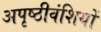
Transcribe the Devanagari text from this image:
अपृष्ठीवंशियों